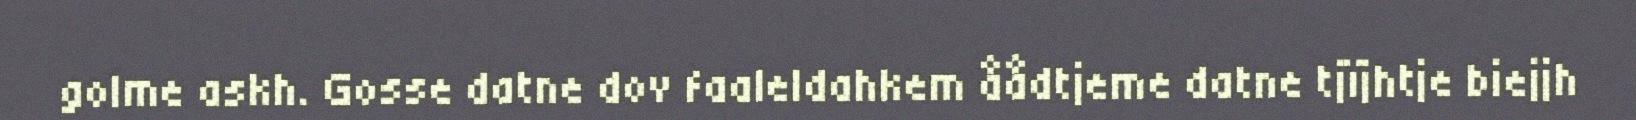
golme askh. Gosse datne dov faaleldahkem åådtjeme datne tjïjhtje biejjh